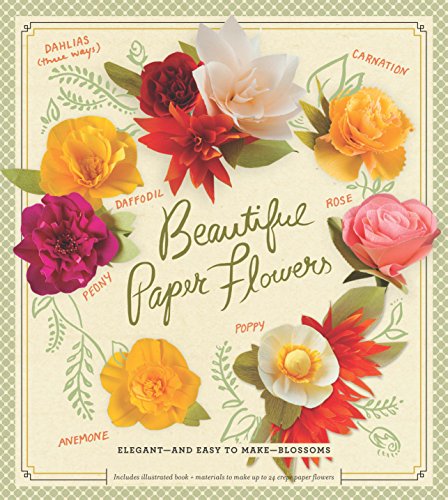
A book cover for Beautiful Paper Flowers: Elegant - and Easy to Make - Blossoms; Laurie Cinotto; Crafts, Hobbies & Home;